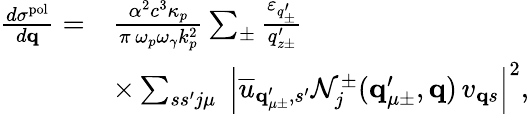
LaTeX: \begin{array}{rl}{\frac{d\sigma^{\mathrm{pol}}}{d{\mathbf q}}=}&{\frac{\alpha^{2}c^{3}\kappa_{p}}{\pi\, \omega_{p}\omega_{\gamma}k_{p}^{2}}\sum_{\pm}\frac{\varepsilon_{q_{\pm}^{\prime}}}{q_{z\pm}^{\prime}}}\\ &{\times\sum_{ss^{\prime}j\mu}\; \Big|\overline{{u}}_{{\mathbf q}_{\mu\pm}^{\prime},s^{\prime}}\mathcal{N}_{j}^{\pm}({\mathbf q}_{\mu\pm}^{\prime},{\mathbf q})\, v_{{\mathbf q}s}\Big|^{2},}\end{array}